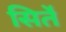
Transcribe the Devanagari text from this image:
सिर्ते